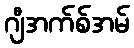
ဂျီအက်စ်အမ်